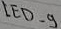
Text: LED_9